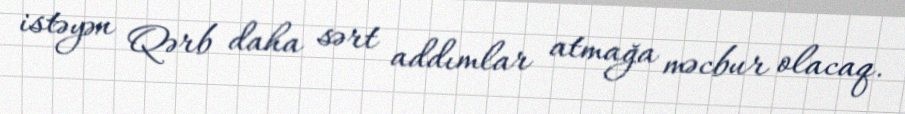
istəyən Qərb daha sərt addımlar atmağa məcbur olacaq.